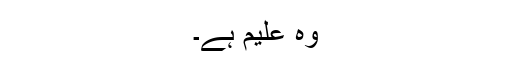
وہ علیم ہے۔